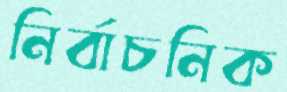
নির্বাচনিক